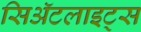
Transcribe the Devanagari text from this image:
सिॲटलाइट्स